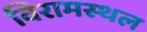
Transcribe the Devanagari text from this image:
विरामस्थल